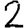
Digit: 2